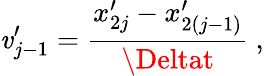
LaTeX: \mathit{v}_{j-1}^{\prime}=\frac{{x_{2j}^{\prime}-x_{2(j-1)}^{\prime}}}{{\Deltat}}\mathrm{{~,~}}